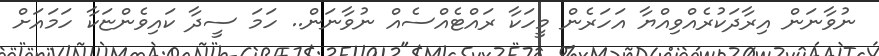
ނުވާނަން އިރާދަކުރެއްވިއްޔާ އަހަރެން މީހަކާ ރައްޓެއްސެއް ނުވާނަން.. ހަމަ ސީދާ ކައިވެންޏަކާ ހަމައަށް